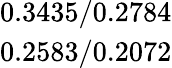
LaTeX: \begin{array}{c}{0.3435/0.2784}\\ {0.2583/0.2072}\end{array}